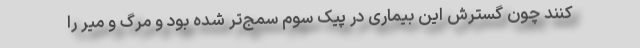
کنند چون گسترش این بیماری در پیک سوم سمج‌تر شده بود و مرگ و میر را